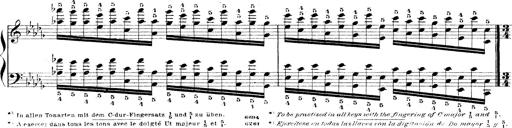
Title: Technische Studien
Composer: Franz Liszt